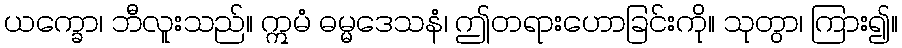
ယက္ခော၊ ဘီလူးသည်။ ဣမံ ဓမ္မဒေသနံ၊ ဤတရားဟောခြင်းကို။ သုတွာ၊ ကြား၍။